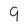
Character: 9